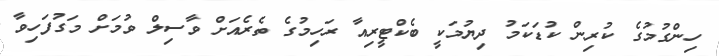
ހިންގުމުގެ ކުރިން ކުޑަކަމު ދިޔުމަކީ ބެކްޓީރިއާ ރަހިމުގެ ތެރެއަށް ވާސިލް ވުމަށް މަގުފަހިވާ